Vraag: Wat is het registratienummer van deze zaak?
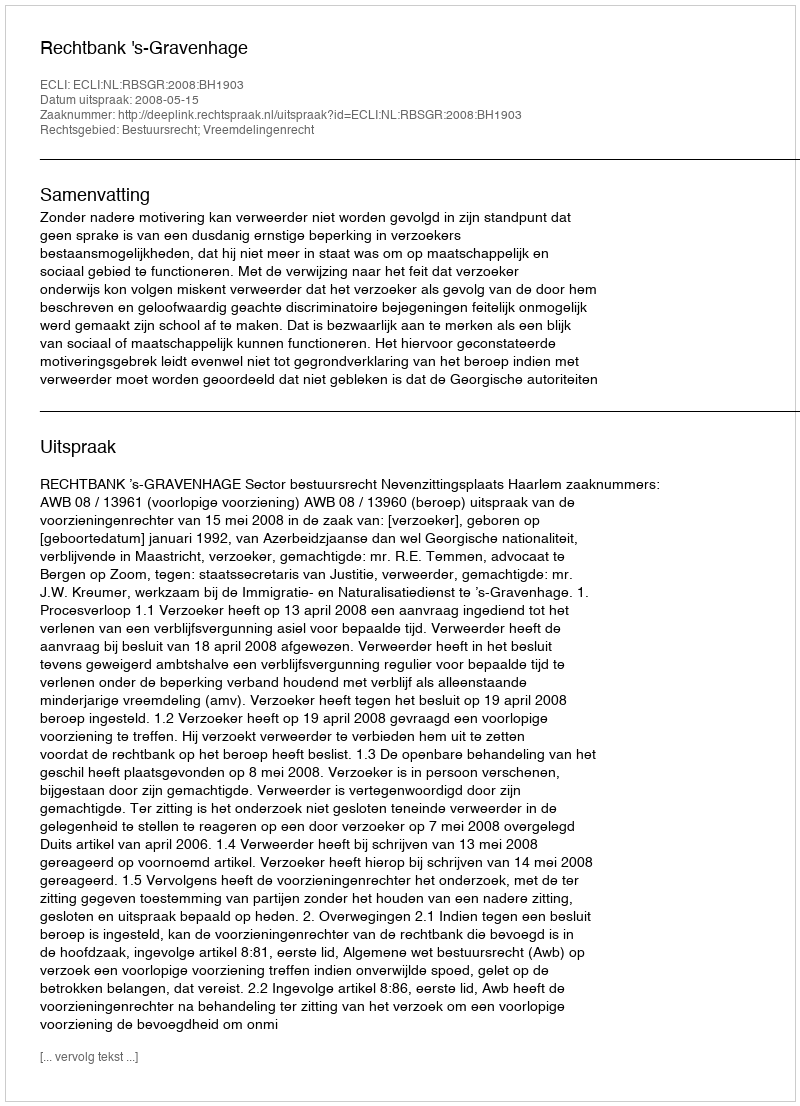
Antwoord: http://deeplink.rechtspraak.nl/uitspraak?id=ECLI:NL:RBSGR:2008:BH1903